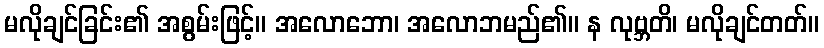
မလိုချင်ခြင်း၏ အစွမ်းဖြင့်။ အလောဘော၊ အလောဘမည်၏။ န လုဗ္ဘတိ၊ မလိုချင်တတ်။